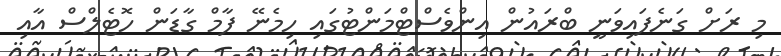
މި ރަށް ގަނެފައިވަނީ ބްރައުން އިންވެސްޓްމަންޓުގައި ހިމެނޭ ފާމް ގާޑަން ހޮޓެލްސް އާއި